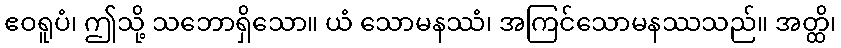
ဧဝရူပံ၊ ဤသို့ သဘောရှိသော။ ယံ သောမနဿံ၊ အကြင်သောမနဿသည်။ အတ္ထိ၊